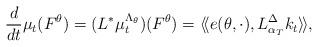
LaTeX: \begin{align*} \frac{d}{dt} \mu_t (F^\theta) = (L^* \mu_t^{\Lambda_\theta}) (F^\theta) = \langle\!\langle e(\theta, \cdot), L^\Delta_{ \alpha_T} k_t\rangle\!\rangle,\end{align*}